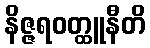
နိဇ္ဇရဝတ္ထူနီတိ